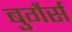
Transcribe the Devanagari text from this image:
बुर्गेर्स